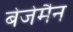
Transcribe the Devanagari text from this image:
बेजेमैन